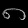
Digit: ၈